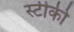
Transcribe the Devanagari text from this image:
स्टीकी